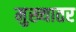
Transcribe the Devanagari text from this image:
मुख्यातर